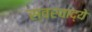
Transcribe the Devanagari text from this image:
स्वरवाद्ये